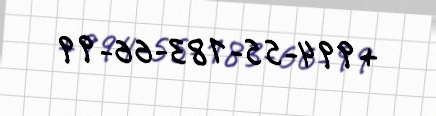
+994-55-183-66-99